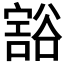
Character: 𰶖